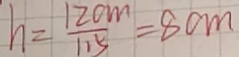
h = \frac { 1 2 0 m } { 1 . 5 } = 8 c m